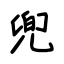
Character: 兜